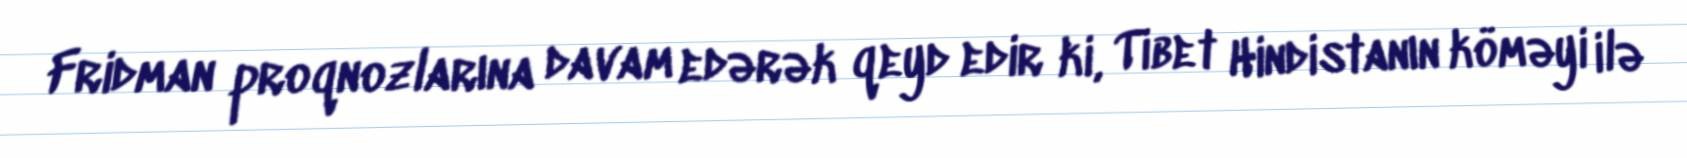
Fridman proqnozlarına davam edərək qeyd edir ki, Tibet Hindistanın köməyi ilə